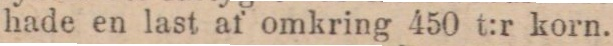
hade en last af omkring 450 t:r korn.